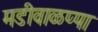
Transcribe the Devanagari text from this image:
मडीवाळप्पा